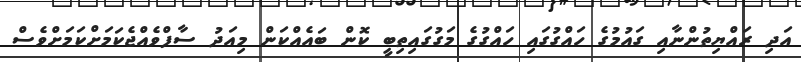
އަދި ރައްޔިތުންނާއި ގައުމުގެ ހައްގުގައި ހައްގުގެ މަގުގައިތިބީ ކޮން ބައެއްކަން މިއަދު ސާފްވެއްޖެކަމަށްކަމަށްވެސް